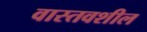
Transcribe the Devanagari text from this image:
वास्तवशील